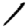
Digit: 1